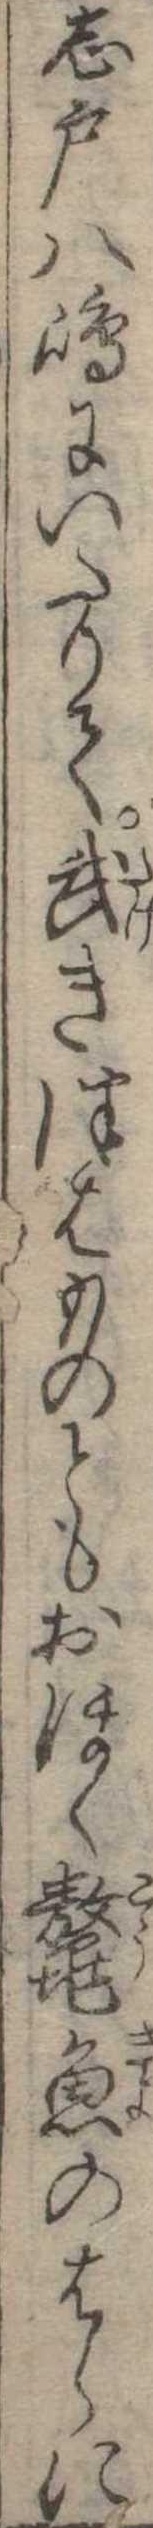
志戸八島にいたりて武きつはものともおほく鼇魚のはらに